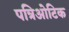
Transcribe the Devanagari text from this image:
पत्रिओटिक